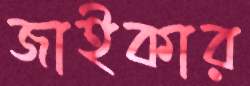
জাইকার